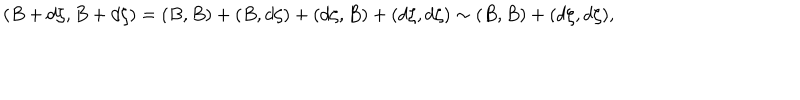
( B + d \zeta , B + d \zeta ) = ( B , B ) + ( B , d \zeta ) + ( d \zeta , B ) + ( d \zeta , d \zeta ) \sim ( B , B ) + ( d \zeta , d \zeta ) ,